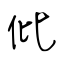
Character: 仳